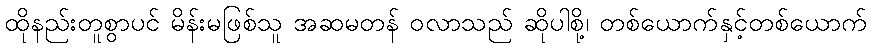
ထိုနည်းတူစွာပင် မိန်းမဖြစ်သူ အဆမတန် ဝလာသည် ဆိုပါစို့၊ တစ်ယောက်နှင့်တစ်ယောက်